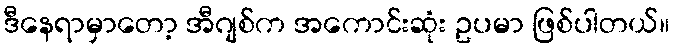
ဒီနေရာမှာတော့ အီဂျစ်က အကောင်းဆုံး ဥပမာ ဖြစ်ပါတယ်။